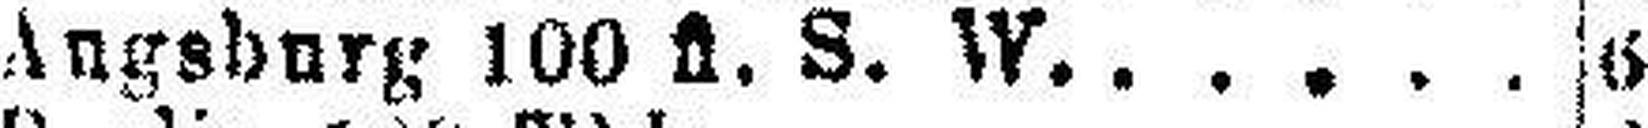
Angsburg 100 fl. S. W. 6